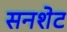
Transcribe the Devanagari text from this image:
सनशेट